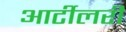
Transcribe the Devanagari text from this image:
आर्टीलरी